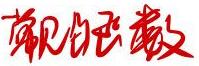
常见的函数